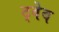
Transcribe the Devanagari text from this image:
ट्वेब